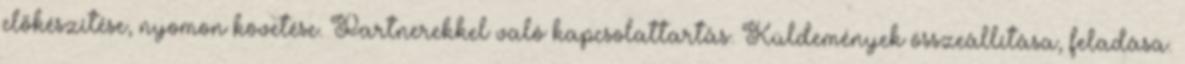
előkészítése, nyomon követése. Partnerekkel való kapcsolattartás. Küldemények összeállítása, feladása.